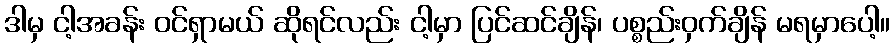
ဒါမှ ငါ့အခန်း ဝင်ရှာမယ် ဆိုရင်လည်း ငါ့မှာ ပြင်ဆင်ချိန်၊ ပစ္စည်းဝှက်ချိန် မရမှာပေါ့။